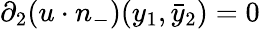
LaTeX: \partial_{2}(u\cdot n_{-})(y_{1},\bar{y}_{2})=0